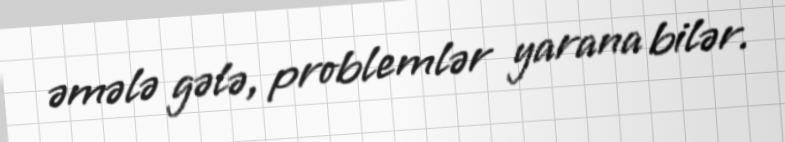
əmələ gələ, problemlər yarana bilər.